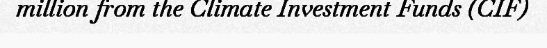
million from the Climate Investment Funds (CIF)